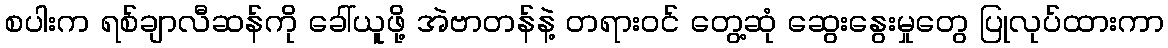
စပါးက ရစ်ချာလီဆန်ကို ခေါ်ယူဖို့ အဲဗာတန်နဲ့ တရားဝင် တွေ့ဆုံ ဆွေးနွေးမှုတွေ ပြုလုပ်ထားကာ